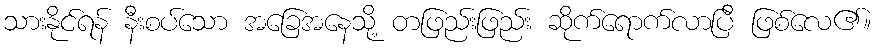
သားနိုင်ရန် နီးစပ်သော အခြေအနေသို့ တဖြည်းဖြည်း ဆိုက်ရောက်လာပြီ ဖြစ်လေ၏။